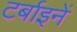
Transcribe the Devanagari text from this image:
टर्बाइनें